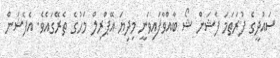
ސައުދީގެ ފުރަތަމަ ފެޝަން ޝޯ ބާއްވާފައިވަނީ މިދިޔަ އޭޕްރިލް މަހުގެ ތެރޭގައެވެ. އެފެޝަން